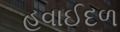
હવાઈદળ